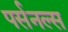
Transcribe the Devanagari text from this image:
पर्सनल्स